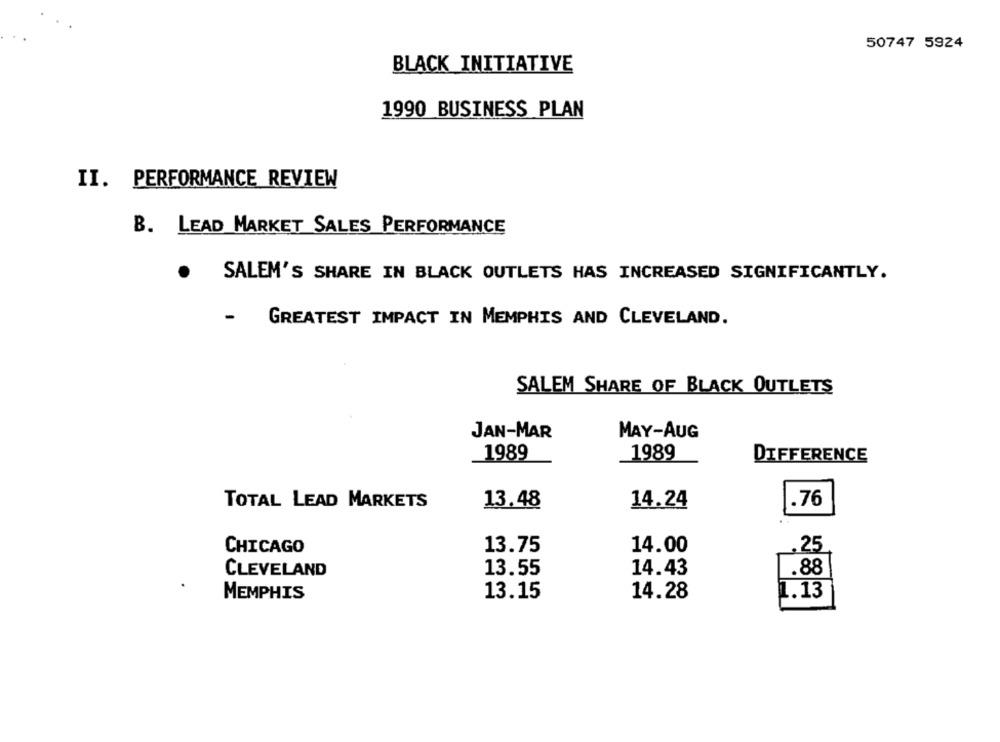
50747 5924
BLACK INITIATIVE
1990 BUSINESS PLAN
II. PERFORMANCE REVIEW
B. LEAD MARKET SALES PERFORMANCE
SALEM'S SHARE IN BLACK OUTLETS HAS INCREASED SIGNIFICANTLY.
GREATEST IMPACT IN MEMPHIS AND CLEVELAND.
SALEM SHARE OF BLACK OUTLETS
JAN-MAR
MAY-AUG
1989
1989
DIFFERENCE
TOTAL LEAD MARKETS
13.48
14.24
.76
CHICAGO
13.75
14.00
.25
13.55
14.43
.88
CLEVELAND
13.15
14.28
1.13
MEMPHIS